Annual statistical returns and brief notes on vaccination in Bengal - 1887-1898
Year: 1887
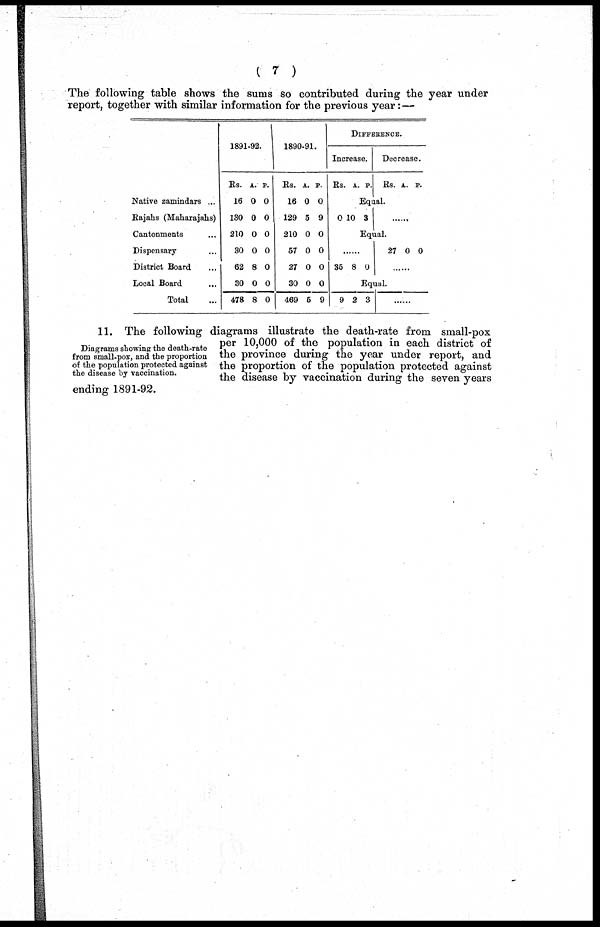
( 7 )
The following table shows the sums so contributed during the year under
report, together with similar information for the previous year: —
Native zamindars ...
Rajahs (Maharajahs)
Cantonments ...
Dispensary ...
District Board ...
Local Board
...
Total ...
1891-92.
Rs.
16
130
210
30
62
30
478
A.
0
0
0
0
8
0
8
P.
0
0
0
0
0
0
0
1890-91.
Rs.
16
129
210
57
27
30
469
A.
0
5
0
0
0
0
6
P.
0
9
0
0
0
0
9
DIFFERENCE.
Increase.
Rs. A. P.
Decrease.
Rs. A. P.
Equal.
0 10 3
......
Equal.
......
35 8 0
27 0 0
......
Equal.
9 2 3
......
Diagrams showing the death-rate
from small-pox, and the proportion
of the population protected against
the disease by vaccination.
11. The following diagrams illustrate the death-rate from small-pox
per 10,000 of the population in each district of
the province during the year under report, and
the proportion of the population protected against
the disease by vaccination during the seven years
ending 1891-92.